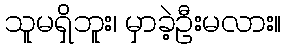
သူမရှိဘူး၊ မှာခဲ့ဦးမလား။